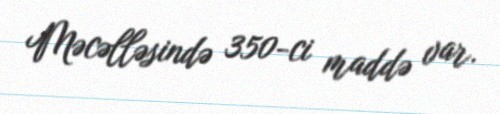
Məcəlləsində 350-ci maddə var.